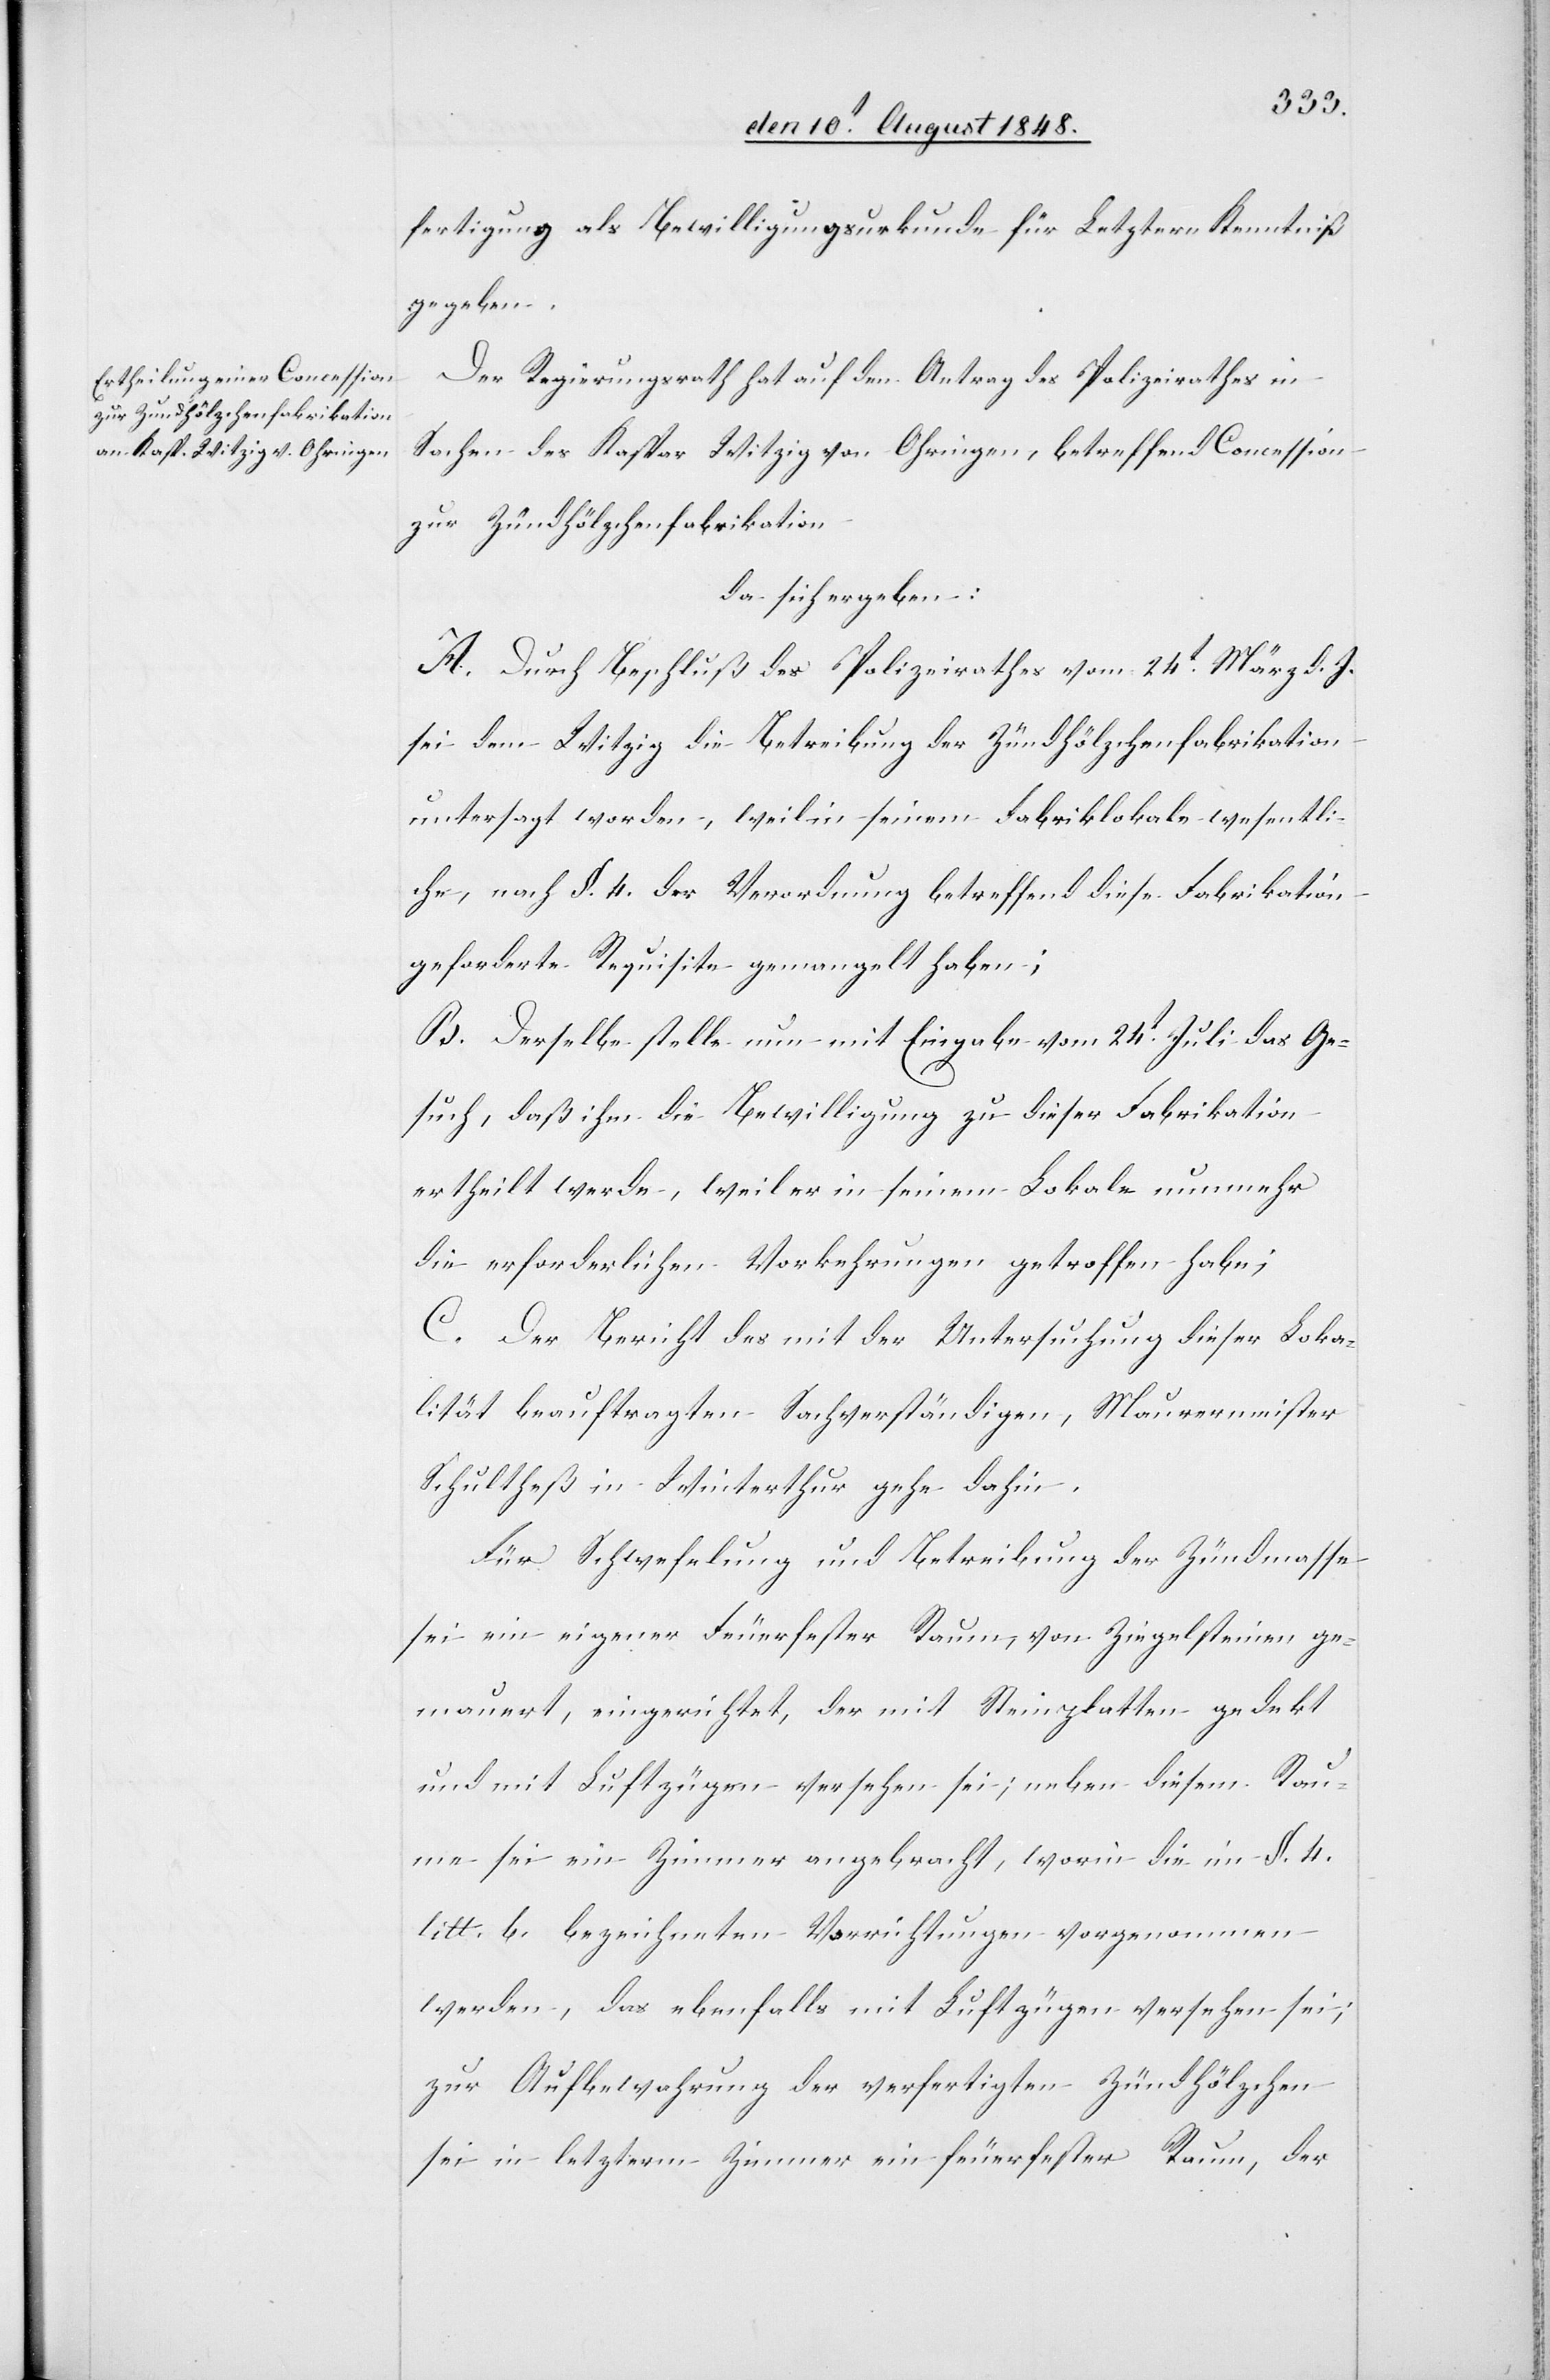
fertigung als Bewilligungsurkunde für Letztern Kenntniß
gegeben.
Der Regierungsrath hat auf den Antrag des Polizeirathes in
Sachen des Kaspar Witzig von Ohringen, betreffend Concession
zur Zündhölzchenfabrikation
da sich ergeben:
A. Durch Beschluß des Polizeirathes vom 24t März d. J.
sei dem Witzig die Betreibung der Zündhölzchenfabrikation
untersagt worden, weil in seinem Fabriklokale wesentli¬
che, nach §. 4. der Verordnung betreffend diese Fabrikation
geforderte Requisite gemangelt haben;
B. Derselbe stelle nun mit Eingabe vom 24t Juli das Ge¬
such, daß ihm die Bewilligung zu dieser Fabrikation
ertheilt werde, weil er in seinem Lokale nunmehr
die erforderlichen Vorkehrungen getroffen habe;
C. Der Bericht des mit der Untersuchung dieser Loka¬
lität beauftragten Sachverständigen, Maurermeister
Schultheß in Winterthur gehe dahin.
Für Schwefelung und Betreibung der Zündmasse
sei ein eigener Feuerfester Raum, von Ziegelsteinen ge¬
mauert, eingerichtet, der mit Steinplatten gedekt
und mit Luftzügen versehen sei; neben diesem Rau¬
me sei ein Zimmer angebracht, worin die im §. 4.
litt. b. bezeichneten Vorrichtungen vorgenommen
werden, das ebenfalls mit Luftzügen versehen sei;
zur Aufbewahrung der verfertigten Zündhölzchen
sei in letzterm Zimmer ein feuerfester Raum, der